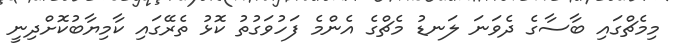
މިމެޗްގައި ބާސާގެ ދެވަނަ ލަނޑު މެޗްގެ އެންމެ ފަހުވަގުތު ކޮޅު ތެރޭގައި ކާމިޔާބުކޮށްދިނީ